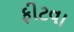
ફીટવા